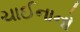
ચાઈનાનો